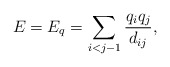
\begin{align*} E = E_q = \sum_{i<j-1} \frac{q_iq_j}{d_{ij}},\end{align*}